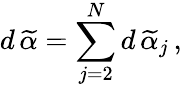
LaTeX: d\, \widetilde{\alpha}=\sum_{j=2}^{N}d\, \widetilde{\alpha}_{j}\, ,